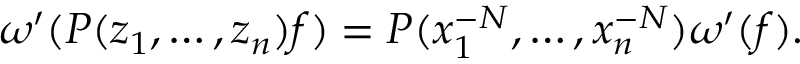
\omega ^ { \prime } ( P ( z _ { 1 } , \dots , z _ { n } ) f ) = P ( x _ { 1 } ^ { - N } , \dots , x _ { n } ^ { - N } ) \omega ^ { \prime } ( f ) .